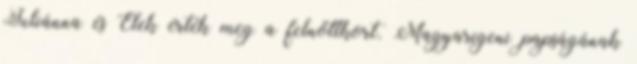
Juliánna és Elek érték meg a felnőttkort. Magyarigeni papságának